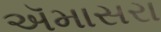
ઍમાસરા